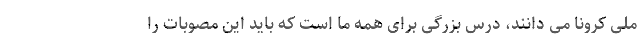
ملی کرونا می دانند، درس بزرگی برای همه ما است که باید این مصوبات را